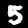
Digit: 5